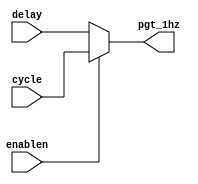
module mux_2to1 (
  input wire enablen,      // Selection input
  input wire delay,    // Input data 0
  input wire cycle,    // Input data 1
  output wire pgt_1hz    // Output
);

  assign pgt_1hz = (enablen  ? cycle : delay);
  

endmodule